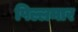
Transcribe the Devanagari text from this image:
पिल्लमार